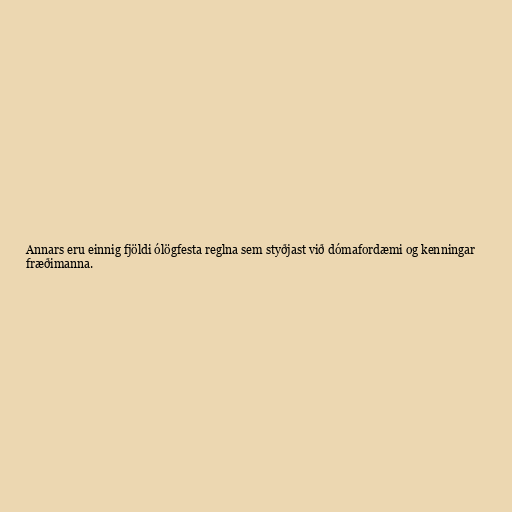
Annars eru einnig fjöldi ólögfesta reglna sem styðjast við dómafordæmi og kenningar
fræðimanna.